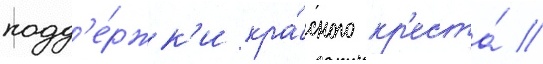
подд'е́ржк'и кра́сного кр'еста́ /